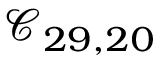
\mathcal { C } _ { 2 9 , 2 0 }